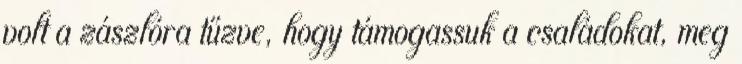
volt a zászlóra tűzve, hogy támogassuk a családokat, meg